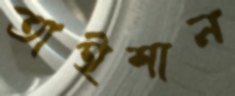
তাইশান